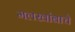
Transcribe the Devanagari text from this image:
मलखांबाचे